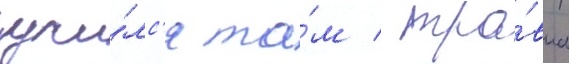
учи́лс'я та́м / тра́вма